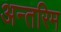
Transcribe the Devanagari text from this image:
अन्‍तरिम